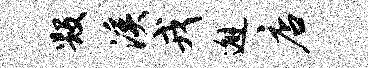
毁溪戎邂店